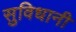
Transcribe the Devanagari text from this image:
सुविधानी